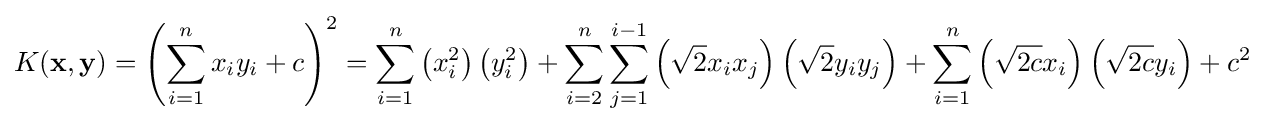
K(\mathbf {x} ,\mathbf {y} )=\left(\sum _{i=1}^{n}x_{i}y_{i}+c\right)^{2}=\sum _{i=1}^{n}\left(x_{i}^{2}\right)\left(y_{i}^{2}\right)+\sum _{i=2}^{n}\sum _{j=1}^{i-1}\left({\sqrt {2}}x_{i}x_{j}\right)\left({\sqrt {2}}y_{i}y_{j}\right)+\sum _{i=1}^{n}\left({\sqrt {2c}}x_{i}\right)\left({\sqrt {2c}}y_{i}\right)+c^{2}